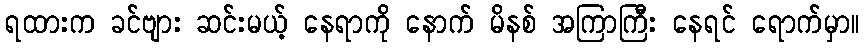
ရထားက ခင်ဗျား ဆင်းမယ့် နေရာကို နောက် မိနစ် အကြာကြီး နေရင် ရောက်မှာ။